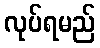
လုပ်ရမည်